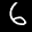
Label: 6